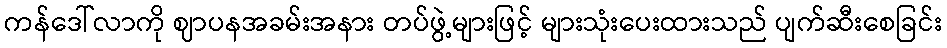
ကန်ဒေါ်လာကို ဈာပနအခမ်းအနား တပ်ဖွဲ့များဖြင့် များသုံးပေးထားသည် ပျက်ဆီးစေခြင်း